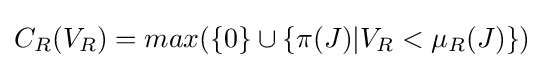
C_{R}(V_{R})=max(\{0\}\cup \{\pi (J)|V_{R}<\mu _{R}(J)\})